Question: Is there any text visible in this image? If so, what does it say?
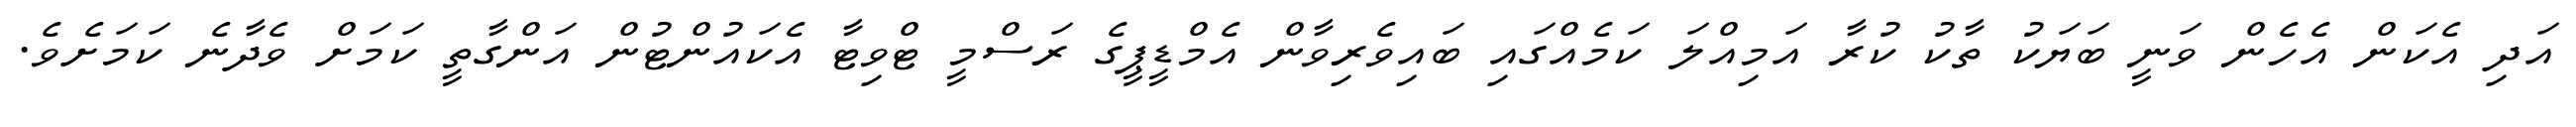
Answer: އަދި އެކަން އެހެން ވަނީ ބަޔަކު ތާކު ކުރާ އަމިއްލަ ކަމެއްގައި ބައިވެރިވާން އެމްޑީޕީގެ ރަސްމީ ޓްވިޓާ އެކައުންޓުން އަންގާތީ ކަމަށް ވެދާނެ ކަމަށެވެ.